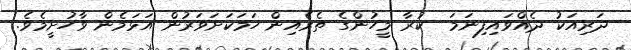
ދަރިއަކު ދެއްވައިފިނަމަ  ކުރާ މީހުންގެ ތެރެއިން ހަމަކަށަވަރުން އަޅަމެން ވާހުށީމެވެ.